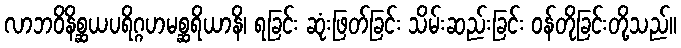
လာဘဝိနိစ္ဆယပရိဂ္ဂဟမစ္ဆရိယာနိ၊ ရခြင်း ဆုံးဖြတ်ခြင်း သိမ်းဆည်းခြင်း ဝန်တိုခြင်းတို့သည်။